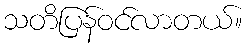
သတိပြန်ဝင်လာတယ်။